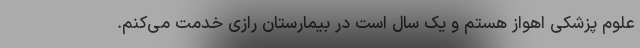
علوم پزشکی اهواز هستم و یک سال است در بیمارستان رازی خدمت می‌کنم.